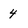
Character: 4